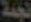
نجمة